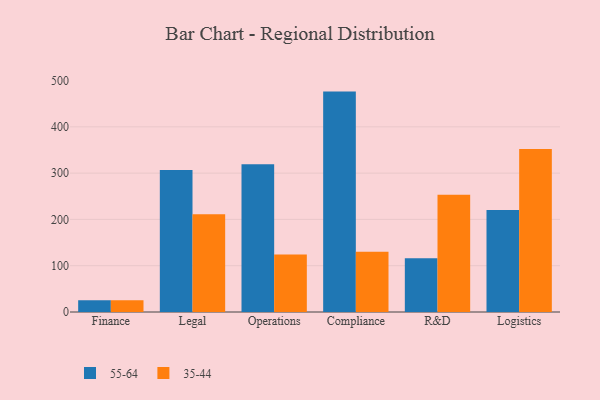
{"axis": {"x": "Department", "y": "Temperature (°C)"}, "legend": ["35-44", "55-64"], "data": [{"x": "Finance", "y": 25.5, "type": "55-64"}, {"x": "Finance", "y": 25.3, "type": "35-44"}, {"x": "Legal", "y": 306.7, "type": "55-64"}, {"x": "Legal", "y": 211.4, "type": "35-44"}, {"x": "Operations", "y": 319.0, "type": "55-64"}, {"x": "Operations", "y": 124.3, "type": "35-44"}, {"x": "Compliance", "y": 476.1, "type": "55-64"}, {"x": "Compliance", "y": 130.4, "type": "35-44"}, {"x": "R&D", "y": 116.1, "type": "55-64"}, {"x": "R&D", "y": 253.4, "type": "35-44"}, {"x": "Logistics", "y": 220.2, "type": "55-64"}, {"x": "Logistics", "y": 351.9, "type": "35-44"}]}